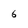
Character: 6